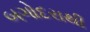
બગોદરાથી